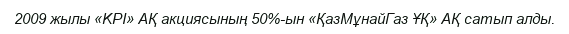
2009 жылы «KPI» АҚ акциясының 50%-ын «ҚазМұнайГаз ҰҚ» АҚ сатып алды.